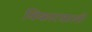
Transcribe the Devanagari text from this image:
विकारवाली